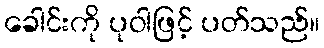
ခေါင်းကို ပုဝါဖြင့် ပတ်သည်။